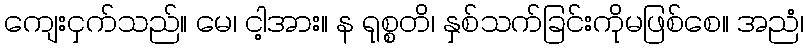
ကျေးငှက်သည်။ မေ၊ ငါ့အား။ န ရုစ္စတိ၊ နှစ်သက်ခြင်းကိုမဖြစ်စေ။ အညံ၊